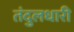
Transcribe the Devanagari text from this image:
तंदुलधारी